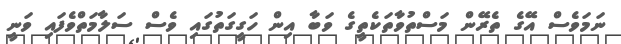
ނަމަވެސް އޭގެ ތެރޭން މަސްތުވާތަކެތީގެ ވަބާ އިން ހަގީގަތުގައި ވެސް ސަލާމަތްވެފައި ވަނީ